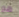
هو